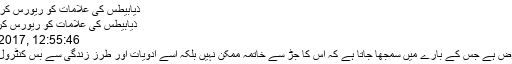
ذیابیطس کی علامات کو ریورس کرنا ممکن، تحقیق.
ذیابیطس کی علامات کو ریورس کرنا ممکن، تحقیق
Sat 25 Feb 2017, 12:55:46
ذیابیطس ایسا مرض ہے جس کے بارے میں سمجھا جاتا ہے کہ اس کا جڑ سے خاتمہ ممکن نہیں بلکہ اسے ادویات اور طرز زندگی سے بس کنٹرول کیا جاسکتا ہے۔